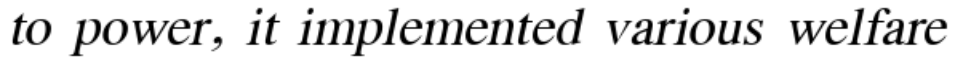
to power, it implemented various welfare